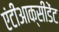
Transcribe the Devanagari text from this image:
एंटीआक्सीडेंट